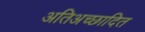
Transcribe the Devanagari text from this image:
अतिअच्छादित